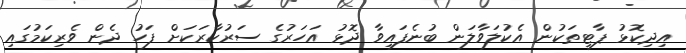
އިދިކޮޅު ޕާޓީތަކުން އެކުލަވާލަން ބުނެފައިވާ ދޮޅު އަހަރުގެ ސަރުކާރަކަށް ފަހު ދެން ވެރިކަމުގައި